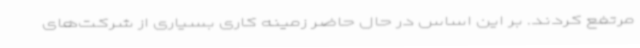
مرتفع کردند. بر این اساس در حال حاضر زمینه کاری بسیاری از شرکت‌های